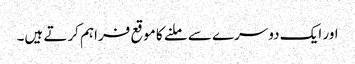
اور ایک دوسرے سے ملنے کا موقع فراہم کرتے ہیں۔